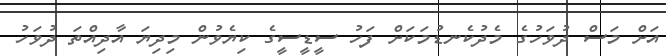
އަށް މަސް ދުވަހުގެ މެދުކެނޑުމަކަށް ފަހު ސީޑީސީގެ ކިޔެވުން މިދިޔަ އާދިއްތަ ދުވަހު